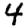
Digit: 4